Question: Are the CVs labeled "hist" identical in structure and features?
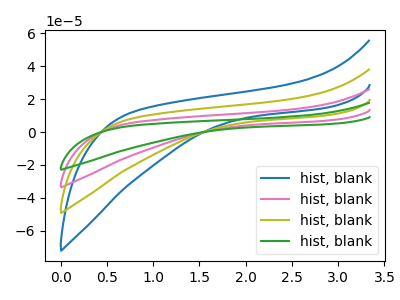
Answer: <think>The blue curve "hist, blank1" has no peaks. The pink curve "hist, blank2" has no peaks. The olive curve "hist, blank3" has no peaks. The green curve "hist, blank4" has no peaks.
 Neither "hist, blank1" or "hist, blank2" have any peaks. Neither "hist, blank1" or "hist, blank3" have any peaks. Neither "hist, blank1" or "hist, blank4" have any peaks. Neither "hist, blank2" or "hist, blank3" have any peaks. Neither "hist, blank2" or "hist, blank4" have any peaks. Neither "hist, blank3" or "hist, blank4" have any peaks.</think>
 <answer>All the CV's of "hist" have similar shape.</answer>
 <eval>follow_rule</eval>